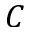
C